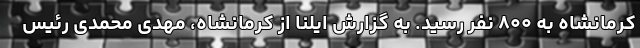
کرمانشاه به ۸۰۰ نفر رسید. به گزارش ایلنا از کرمانشاه، مهدی محمدی رئیس